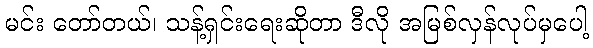
မင်း တော်တယ်၊ သန့်ရှင်းရေးဆိုတာ ဒီလို အမြစ်လှန်လုပ်မှပေါ့